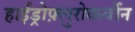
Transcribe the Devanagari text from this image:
हाईड्रोफ़्लुरोकर्बोन